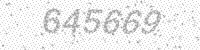
Solution: 645669